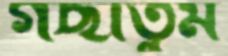
গছাতুম